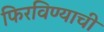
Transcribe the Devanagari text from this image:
फिरविण्याची